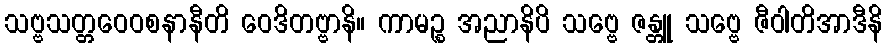
သဗ္ဗသတ္တဝေဝစနာနီတိ ဝေဒိတဗ္ဗာနိ။ ကာမဉ္စ အညာနိပိ သဗ္ဗေ ဇန္တူ သဗ္ဗေ ဇီဝါတိအာဒီနိ